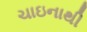
ચાઇનાથી